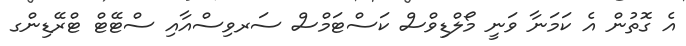
އެ ގޮތުން އެ ކަމަނާ ވަނީ މޯލްޑިވްސް ކަސްޓަމްސް ސަރވިސްއާއި ސްޓޭޓް ޓްރޭޑިންގ